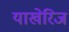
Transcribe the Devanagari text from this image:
याखेरिज